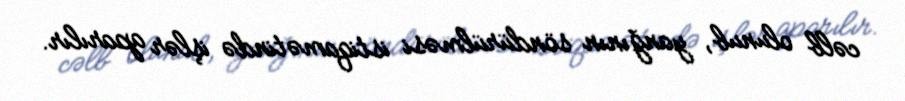
cəlb olunub, yanğının söndürülməsi istiqamətində işlər aparılır.